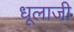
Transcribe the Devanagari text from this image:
धूलाजी